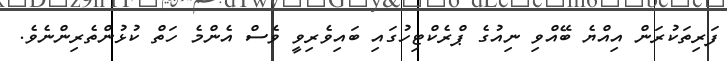
ފަރިތަކުރަން އިއްޔެ ބޭއްވި ނިއުގެ ޕްރެކްޓިހުގައި ބައިވެރިވީ ވެސް އެންމެ ހަތް ކުޅުންތެރިންނެވެ.